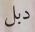
دبل